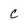
Character: c